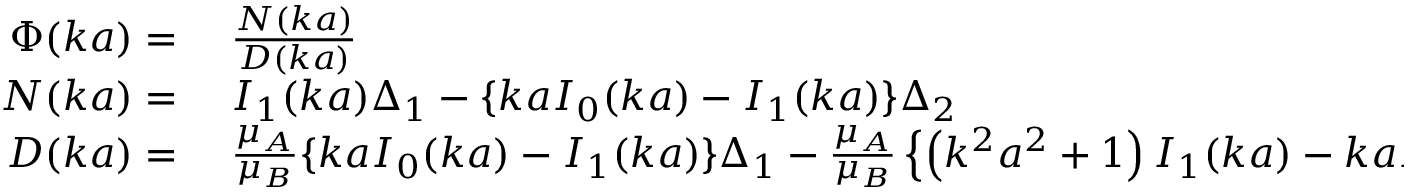
\begin{array} { r l } { \Phi ( k a ) = { } } & { { } { \frac { N ( k a ) } { D ( k a ) } } } \\ { N ( k a ) = { } } & { { } I _ { 1 } ( k a ) \Delta _ { 1 } - \{ k a I _ { 0 } ( k a ) - I _ { 1 } ( k a ) \} \Delta _ { 2 } } \\ { D ( k a ) = { } } & { { } { \frac { \mu _ { A } } { \mu _ { B } } } \{ k a I _ { 0 } ( k a ) - I _ { 1 } ( k a ) \} \Delta _ { 1 } - { \frac { \mu _ { A } } { \mu _ { B } } } \left\{ \left( k ^ { 2 } a ^ { 2 } + 1 \right) I _ { 1 } ( k a ) - k a I _ { 0 } ( k a ) \right\} \Delta _ { 2 } } \end{array}